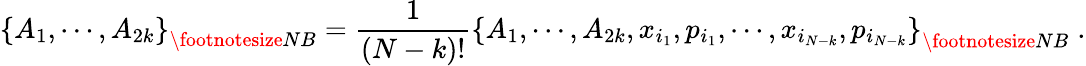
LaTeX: \left\{ A_{1},\cdots,A_{2k}\right\} _{{\footnotesize NB}}=\frac{1}{\left(N-k\right)!}\left\{ A_{1},\cdots,A_{2k},x_{i_{1}},p_{i_{1}},\cdots,x_{i_{N-k}},p_{i_{N-k}}\right\} _{{\footnotesize NB}}\; .